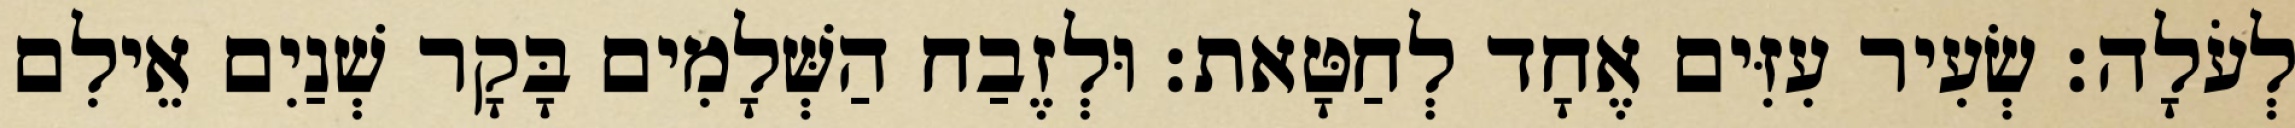
לְעֹלָה׃ שְׂעִיר עִזִּים אֶחָד לְחַטָּאת׃ וּלְזֶבַח הַשְּׁלָמִים בָּקָר שְׁנַיִם אֵילִם